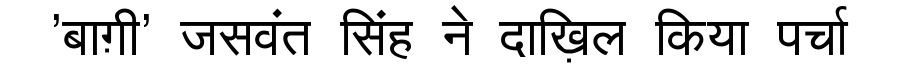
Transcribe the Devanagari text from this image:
'बाग़ी' जसवंत सिंह ने दाख़िल किया पर्चा